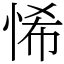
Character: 悕